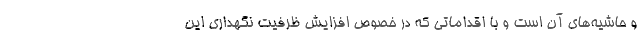
و حاشیه‌های آن است و با اقداماتی که در خصوص افزایش ظرفیت نگهداری این